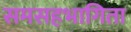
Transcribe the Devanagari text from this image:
समसहभागिता